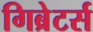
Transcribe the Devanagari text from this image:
गिब्रेटर्स